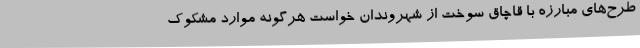
طرح‌های مبارزه با قاچاق سوخت از شهروندان خواست هرگونه موارد مشکوک